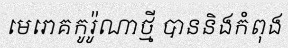
មេរោគកូរ៉ូណាថ្មី បាននិងកំពុង